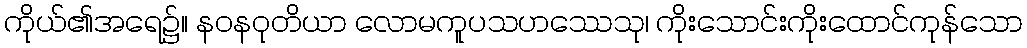
ကိုယ်၏အရေ၌။ နဝနဝုတိယာ လောမကူပသဟဿေသု၊ ကိုးသောင်းကိုးထောင်ကုန်သော